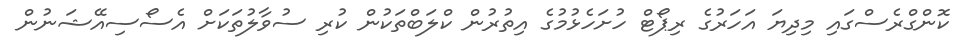
ކޮންގްރެސްގައި މިދިޔަ އަހަރުގެ ރިޕޯޓް ހުށަހެޅުމުގެ އިތުރުން ކްލަބްތަކުން ކުރި ސުވާލުތަކަށް އެސޯސިއޭޝަނުން